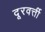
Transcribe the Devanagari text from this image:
दूरवर्त्ती